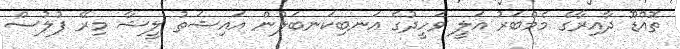
ތޮއްޑޫ ދާއިރާގެ މެމްބަރު އަލީ ވަހީދުގެ އަނބިކަނބަލުން އައިޝަތު ލީޝާ މިރޭ ފުލުސް